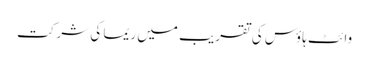
وائٹ ہاؤس کی تقریب میں ریما کی شرکت